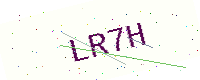
Text: LR7H